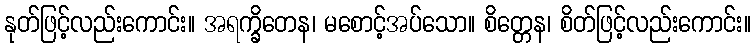
နုတ်ဖြင့်လည်းကောင်း။ အရက္ခိတေန၊ မစောင့်အပ်သော။ စိတ္တေန၊ စိတ်ဖြင့်လည်းကောင်း။